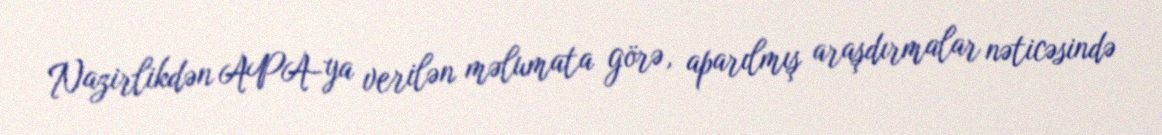
Nazirlikdən APA-ya verilən məlumata görə, aparılmış araşdırmalar nəticəsində